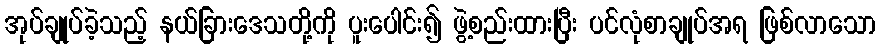
အုပ်ချုပ်ခဲ့သည့် နယ်ခြားဒေသတို့ကို ပူးပေါင်း၍ ဖွဲ့စည်းထားပြီး ပင်လုံစာချုပ်အရ ဖြစ်လာသော